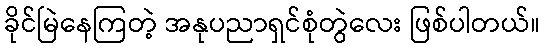
ခိုင်မြဲနေကြတဲ့ အနုပညာရှင်စုံတွဲလေး ဖြစ်ပါတယ်။